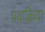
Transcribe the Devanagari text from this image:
प्रथाक्रिया